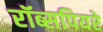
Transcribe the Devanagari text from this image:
रॉब्सपियरे